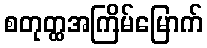
စတုတ္ထအကြိမ်မြောက်